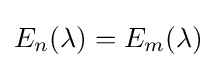
E_{n}(\lambda )=E_{m}(\lambda )